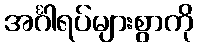
အင်္ဂါရပ်များစွာကို